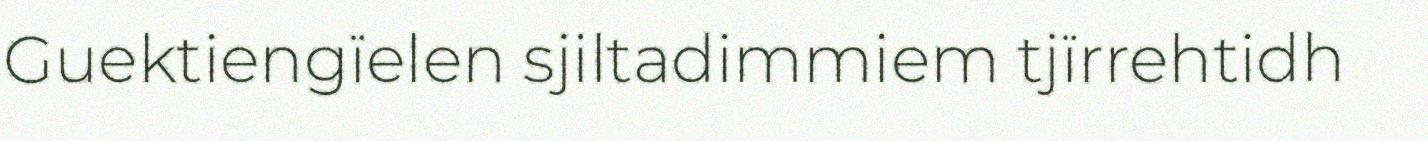
Guektiengïelen sjiltadimmiem tjïrrehtidh